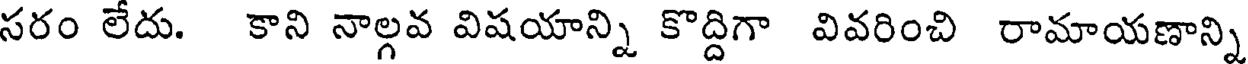
సరం లేదు. కాని నాల్గవ విషయాన్ని కొద్దిగా వివరించి రామాయణాన్ని